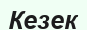
Кезек